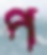
প